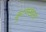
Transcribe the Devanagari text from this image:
कुंटणखाना